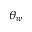
\theta _ { w }